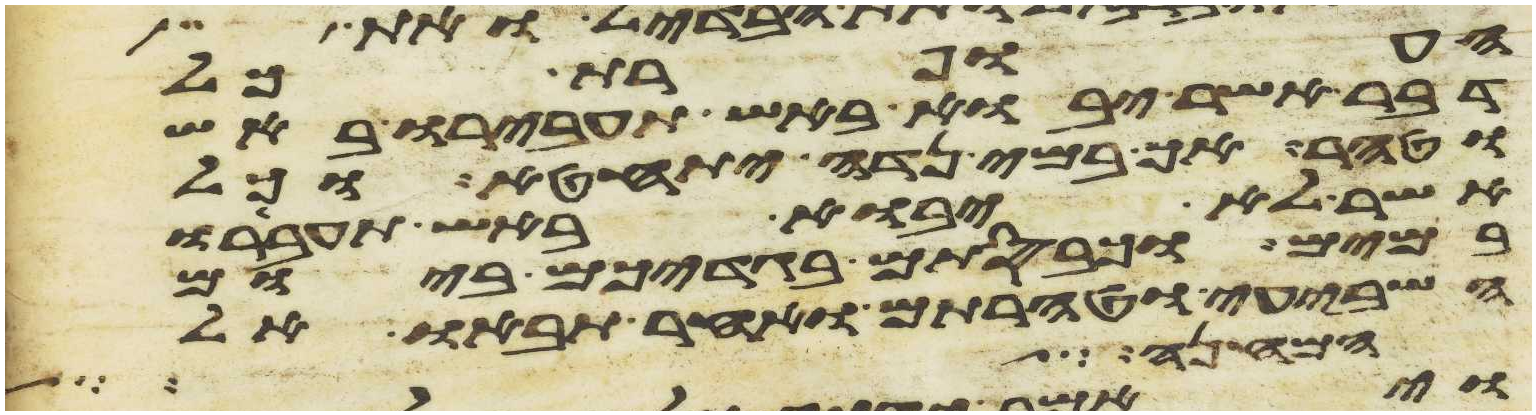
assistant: העופרת כל
דבר אשר יבוא באש תעבירו באש
וטהר אך במי נדה יתחטא וכל
אשר לא יבוא באש תעבירו
במים וכבסתם בגדיכם ביום
השביעי וטהרתם ואחר תבאו אל
המחנה כל